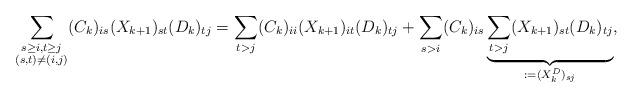
LaTeX: \begin{align*} \sum_{\substack{s \geq i, t \geq j \\ (s,t) \neq (i,j)}} ( C_k )_{is} ( X_{k+1} )_{st} ( D_k )_{tj} &= \sum_{t > j} ( C_k )_{ii} ( X_{k+1} )_{it} ( D_k )_{tj} + \sum_{\substack{s>i}} ( C_k )_{is} \underbrace{\sum_{t>j}( X_{k+1} )_{st} ( D_k )_{tj}}_{:=(X_k^D)_{sj}}, \end{align*}